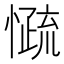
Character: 𰒓